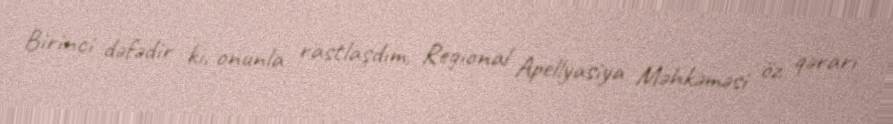
Birinci dəfədir ki, onunla rastlaşdım, Regional Apellyasiya Məhkəməsi öz qərarı